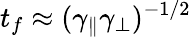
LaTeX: t_{f}\approx(\gamma_{\parallel}\gamma_{\perp})^{-1/2}